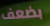
بضعف